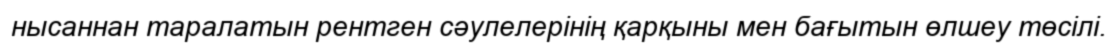
нысаннан таралатын рентген сәулелерінің қарқыны мен бағытын өлшеу төсілі.